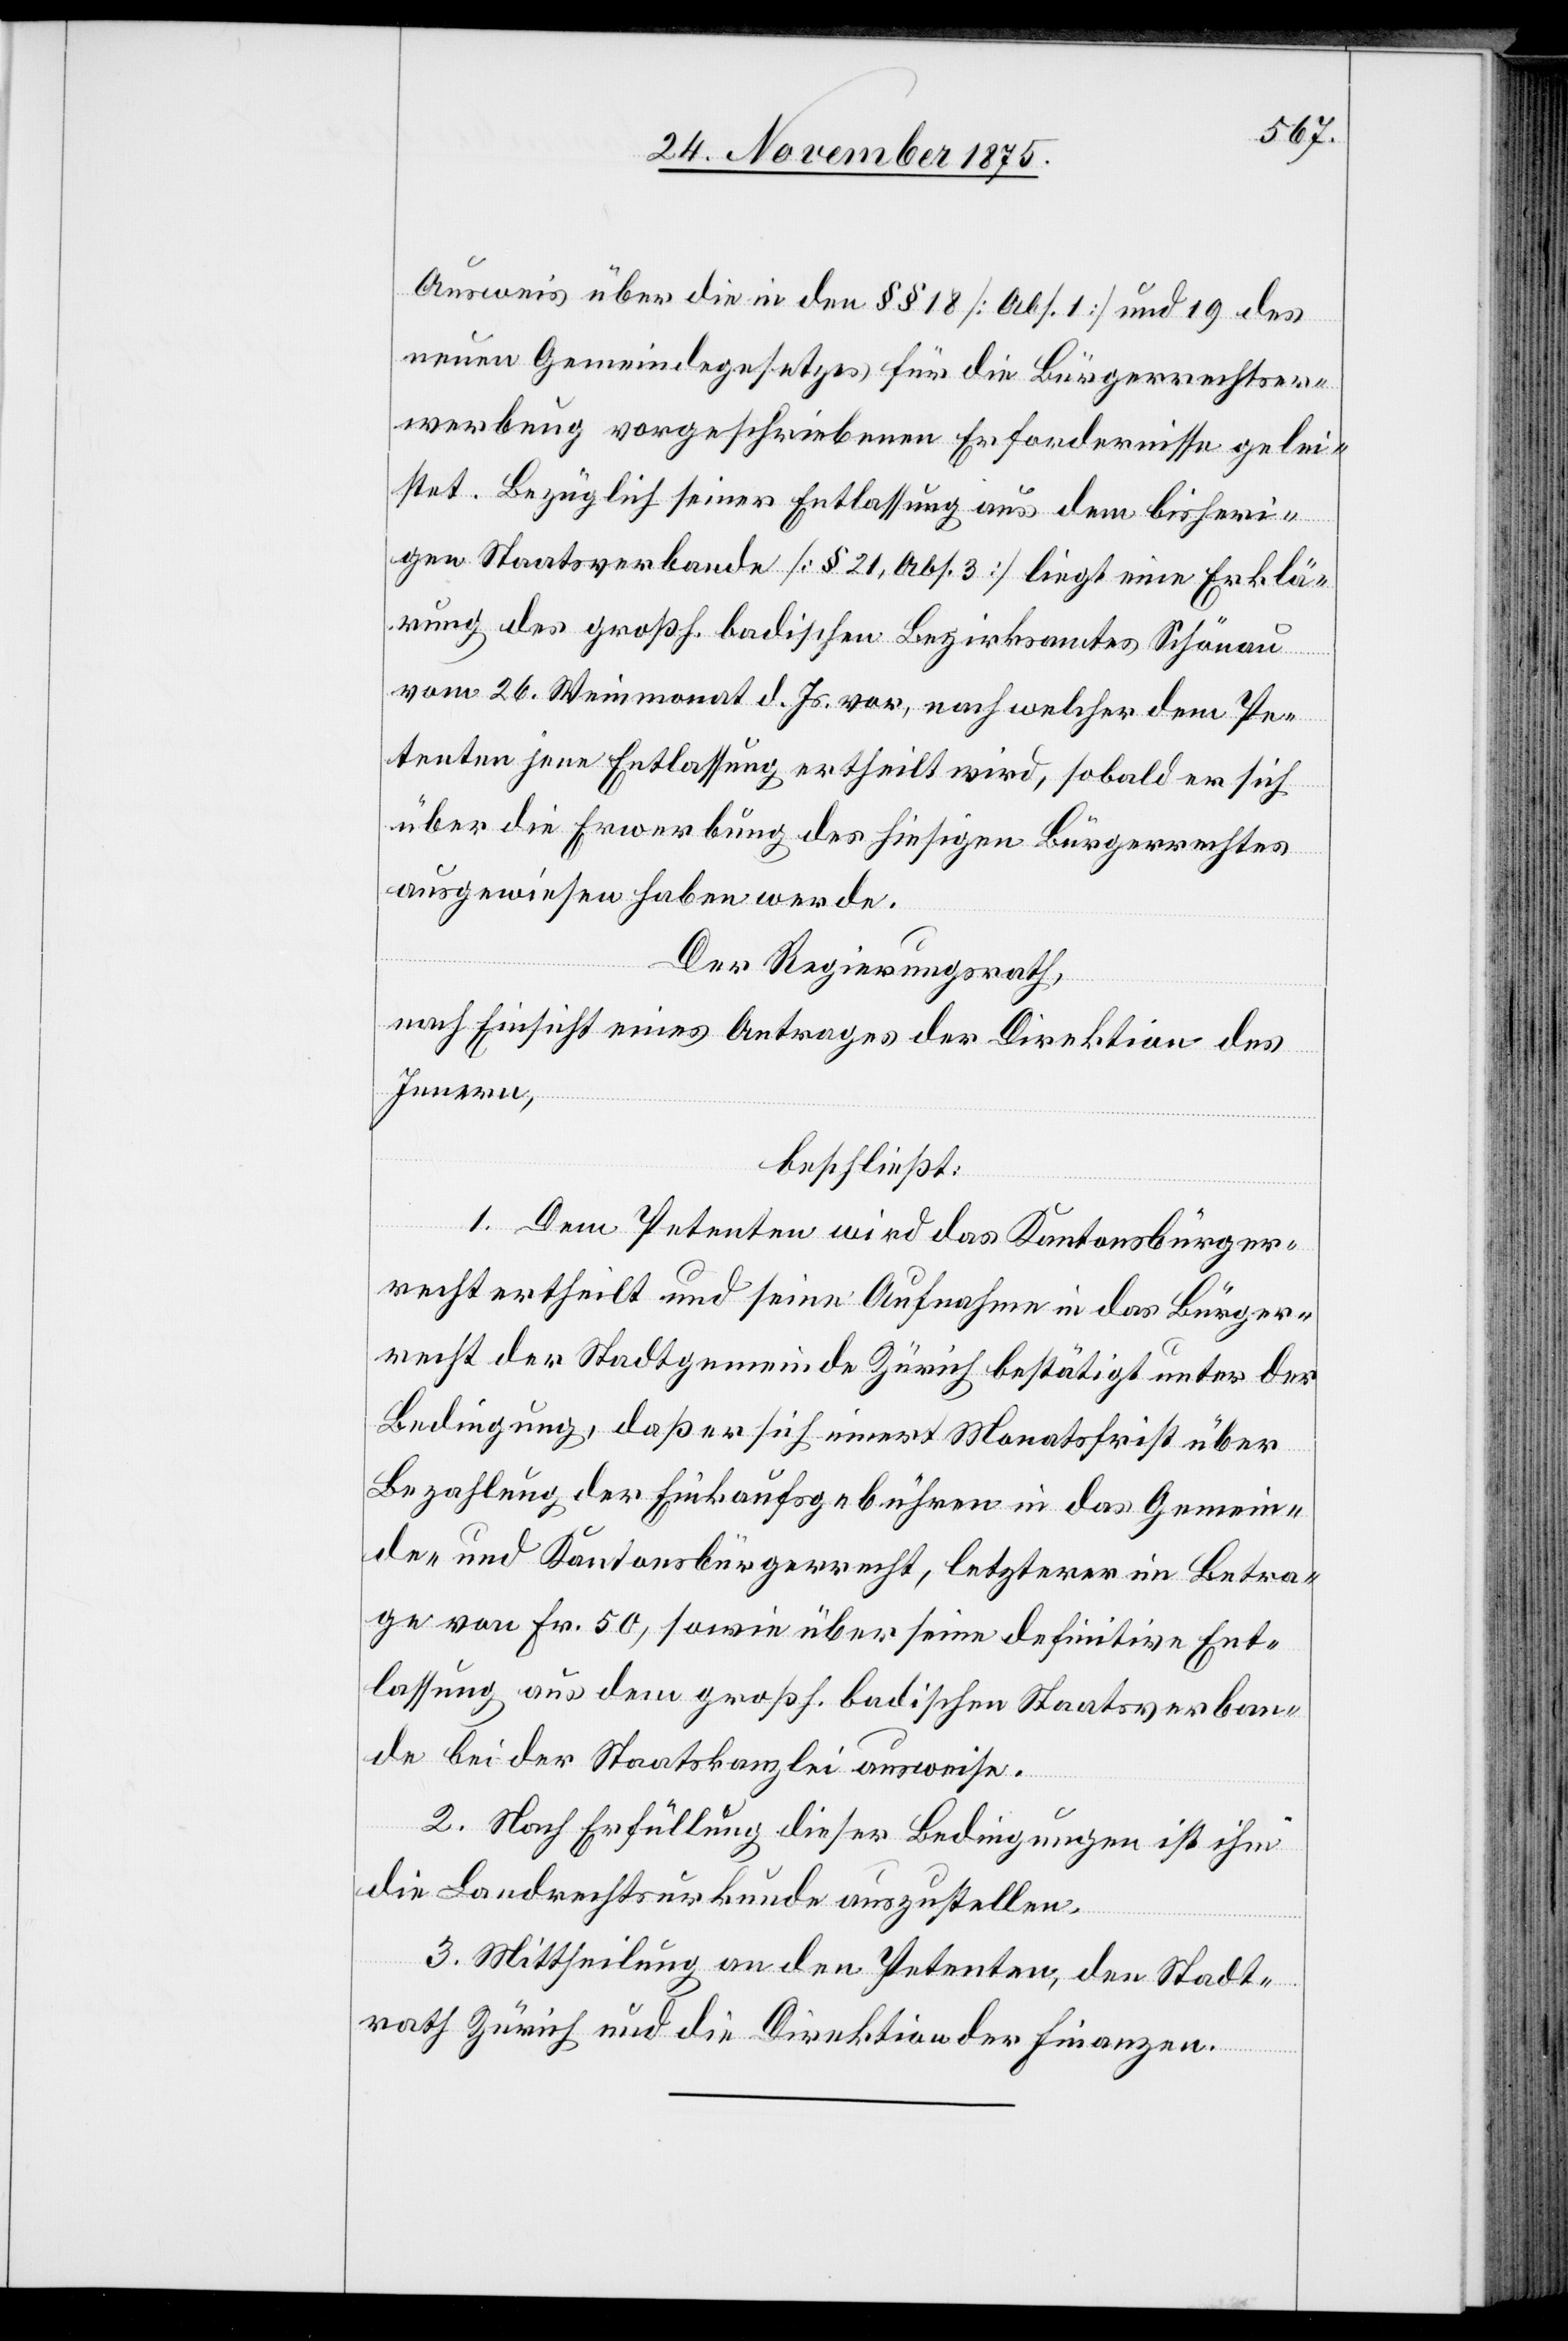
Ausweis über die in den §§ 18 [Abs .1] und 19 des
neuen Gemeindegesetzes für die Bürgerrechtser¬
werbung vorgeschriebenen Erfordernisse gelei¬
stet. Bezüglich seiner Entlassung aus dem bisheri¬
gen Staatsverbande [§ 21, Abs. 3] liegt eine Erklä¬
rung des großh. badischen Bezirksamtes Schönau
vom 26. Weinmonat d. Js. vor, nach welcher dem Pe¬
tenten jene Entlassung ertheilt wird, sobald er sich
über die Erwerbung des hiesigen Bürgerrechtes
ausgewiesen haben werde.
Der Regierungsrath,
nach Einsicht eines Antrages der Direktion des
Innern,
beschließt:
1. Dem Petenten wird das Kantonsbürger¬
recht ertheilt und seine Aufnahme in das Bürger¬
recht der Stadtgemeinde Zürich bestätigt unter der
Bedingung, daß er sich innert Monatsfrist über
Bezahlung der Einkaufsgebühren in das Gemein¬
de- und Kantonsbürgerrecht, letzterer im Betra¬
ge von Fr. 50, sowie über seine definitive Ent¬
lassung aus dem großh. badischen Staatsverban¬
de bei der Staatskanzlei ausweise.
2. Nach Erfüllung dieser Bedingungen ist ihm
die Landrechtsurkunde auszustellen.
3. Mittheilung an den Petenten, den Stadt¬
rath Zürich und die Direktion der Finanzen.